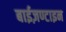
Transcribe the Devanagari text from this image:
बाईज़ण्टाइन